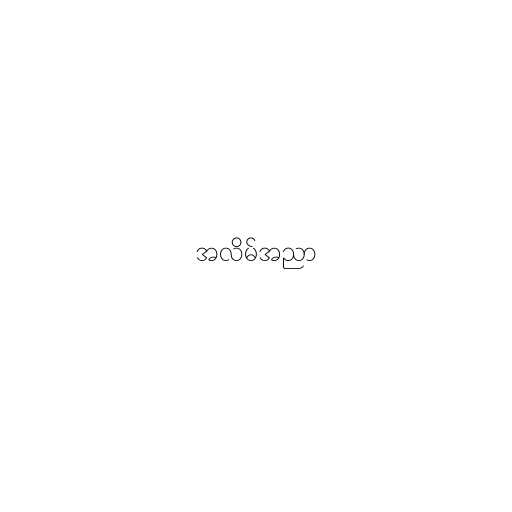
အလိမ်အညာ